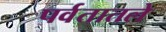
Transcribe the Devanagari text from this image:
पर्वतातले